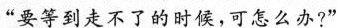
“要等到走不了的时候，可怎么办?”